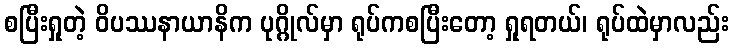
စပြီးရှုတဲ့ ဝိပဿနာယာနိက ပုဂ္ဂိုလ်မှာ ရုပ်ကစပြီးတော့ ရှုရတယ်၊ ရုပ်ထဲမှာလည်း